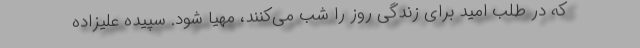
که در طلب امید برای زندگی روز را شب می‌کنند، مهیا شود. سپیده علیزاده